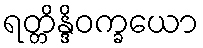
ရတ္တိန္ဒိဝက္ခယော